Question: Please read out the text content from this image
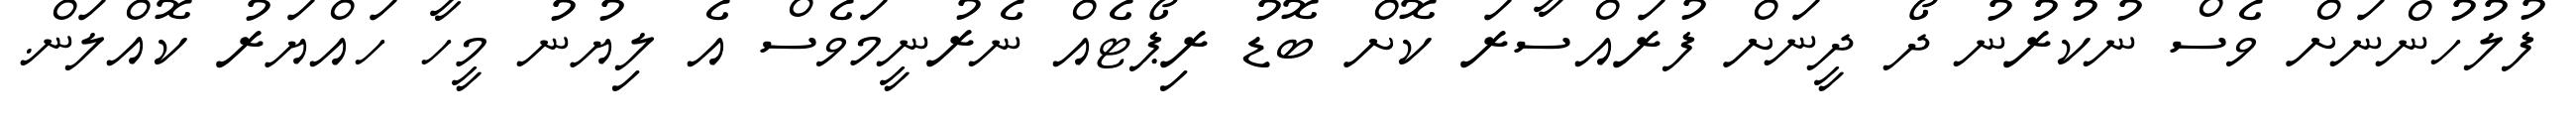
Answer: ފުލުހުންނަށް ވެސް ނުކުރުނު ދޯ ދީނަށް ފުރައްސާރަ ކޮށް ބޮޑު ރިޕޯޓެއް ނެރުނީމަވެސް އެ ލިޔުނު މީހާ ހައްޔަރު ކޮއްލަން.